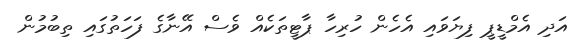
އަދި އެމްޑީޕީ ފިޔަވައި އެހެން ހުރިހާ ޕާޓީތަކެއް ވެސް އޭނާގެ ފަހަތުގައި ތިބުމުން